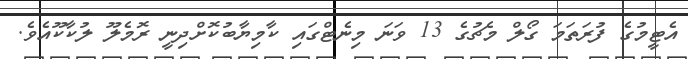
އެޓީމުގެ ފުރަތަމަ ގޯލް މެޗުގެ 13 ވަނަ މިނެޓްގައި ކާމިޔާބުކޮށްދިނީ ރޮމެލޫ ލުކާކޫއެވެ.